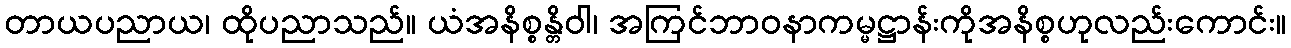
တာယပညာယ၊ ထိုပညာသည်။ ယံအနိစ္စန္တိဝါ၊ အကြင်ဘာဝနာကမ္မဋ္ဌာန်းကိုအနိစ္စဟုလည်းကောင်း။